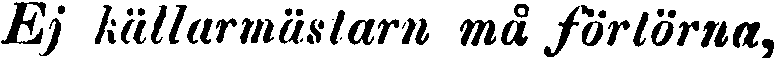
Ej källarmästarn må förlörna,